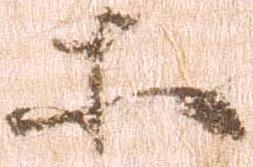
等